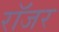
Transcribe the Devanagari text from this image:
राॅजर